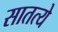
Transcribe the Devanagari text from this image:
सातत्ये